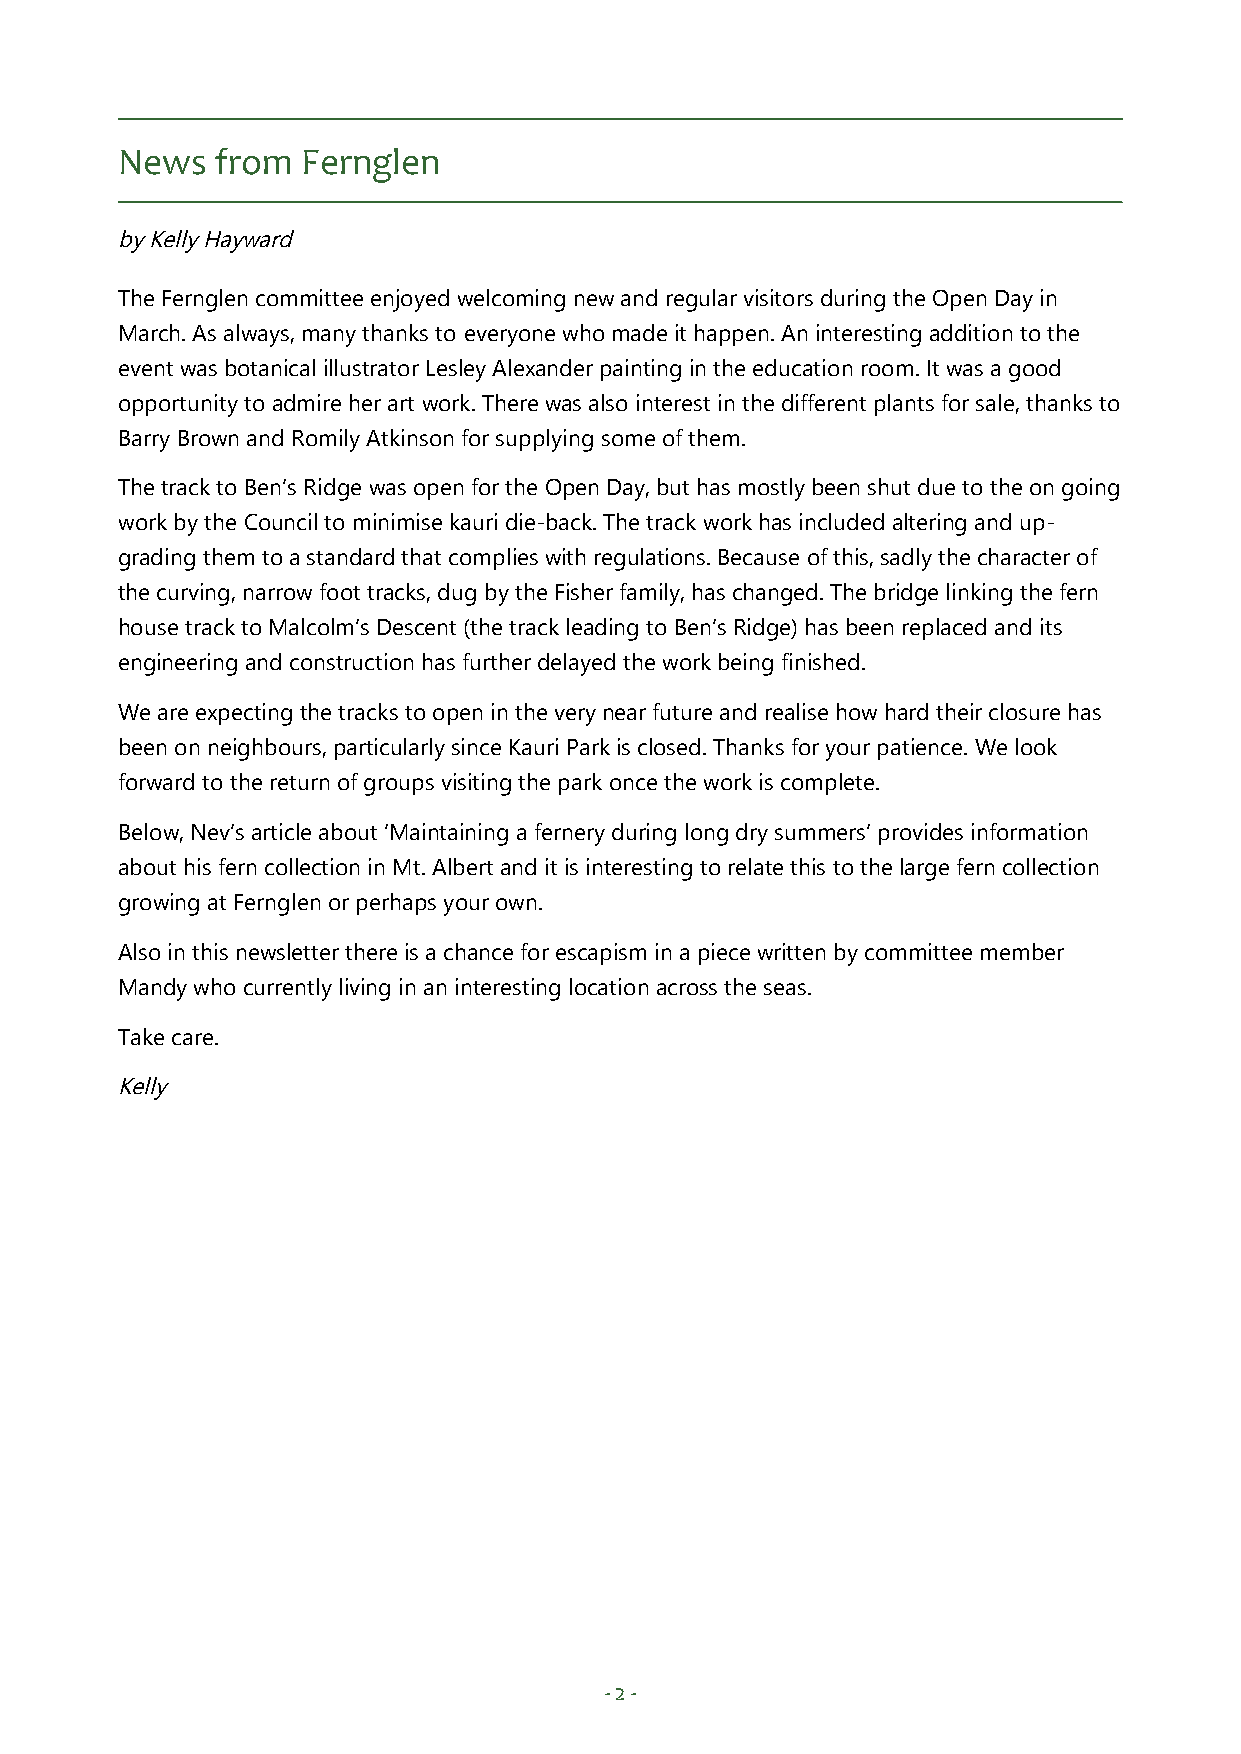
News  from  Fernglen
 by Kelly Hayward
 The Fernglen committee enjoyed welcoming new and regular visitors during the Open Day in
 March. As always, many thanks to everyone who made it happen. An interesting addition to the
 event was botanical illustrator Lesley Alexander painting in the education room. It was a good
 opportunity to admire her art work. There was also interest in the different plants for sale, thanks to
 Barry Brown and Romily Atkinson for supplying some of them.
 The track to Ben’s Ridge was open for the Open Day, but has mostly been shut due to the on going
 work by the Council to minimise kauri die-back. The track work has included altering and up-
 grading them to a standard that complies with regulations. Because of this, sadly the character of
 the curving, narrow foot tracks, dug by the Fisher family, has changed. The bridge linking the fern
 house track to Malcolm’s Descent (the track leading to Ben’s Ridge) has been replaced and its
 engineering and construction has further delayed the work being finished.
 We are expecting the tracks to open in the very near future and realise how hard their closure has
 been on neighbours, particularly since Kauri Park is closed. Thanks for your patience. We look
 forward to the return of groups visiting the park once the work is complete.
 Below, Nev’s article about ‘Maintaining a fernery during long dry summers’ provides information
 about his fern collection in Mt. Albert and it is interesting to relate this to the large fern collection
 growing at Fernglen or perhaps your own.
 Also in this newsletter there is a chance for escapism in a piece written by committee member
 Mandy who currently living in an interesting location across the seas.
 Take care.
 Kelly
 - 2 -